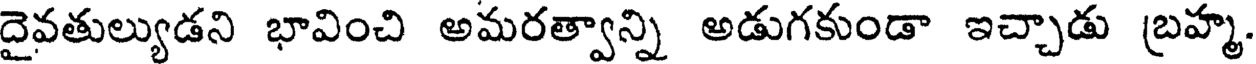
దైవతుల్యుడని భావించి అమరత్వాన్ని అడుగకుండా ఇచ్చాడు బ్రహ్మ.